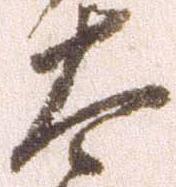
太